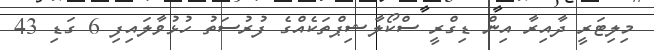
މިލިޓަރީ ދާއިރާ އިން ޑިގްރީ ސްކޯލާޝިޕްތަކެއްގެ ފުރުސަތު ހުޅުވާލައިފި 6 ގަޑި 43